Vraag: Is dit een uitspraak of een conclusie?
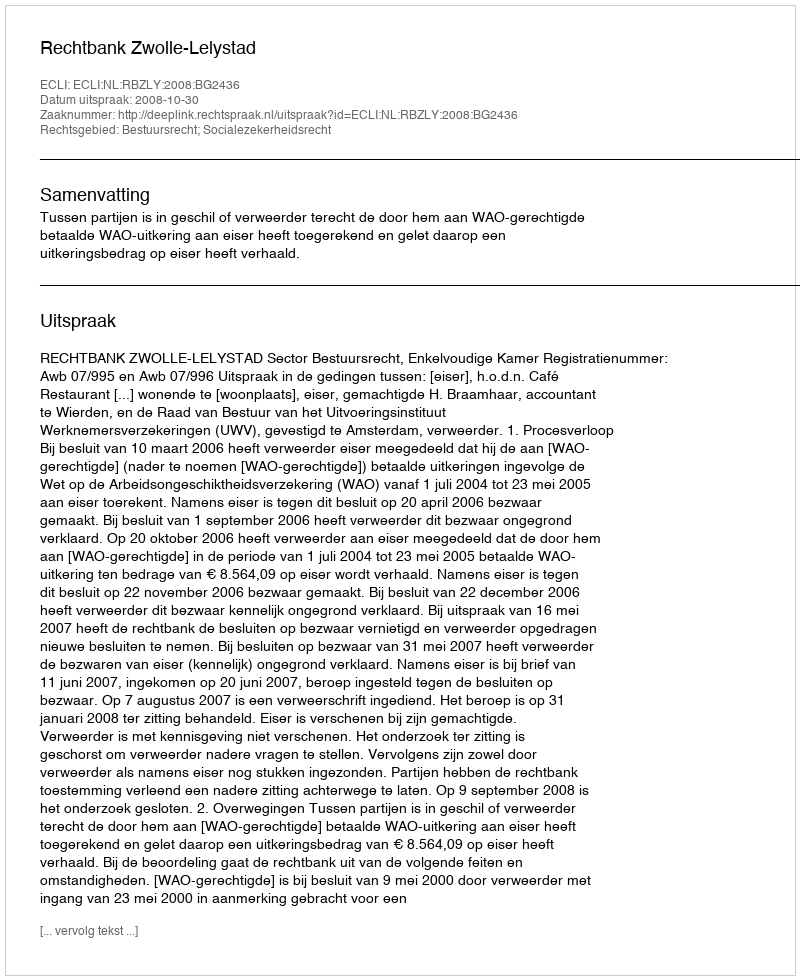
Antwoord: Uitspraak